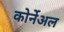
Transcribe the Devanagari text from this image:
कोर्नेअल